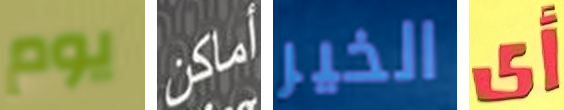
يوم أماكن الخير أي